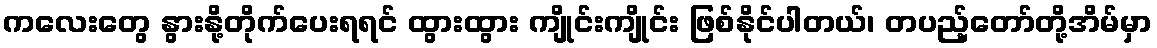
ကလေးတွေ နွားနို့တိုက်ပေးရရင် ထွားထွား ကျိုင်းကျိုင်း ဖြစ်နိုင်ပါတယ်၊ တပည့်တော်တို့အိမ်မှာ